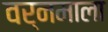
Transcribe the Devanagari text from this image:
वर्नमाला